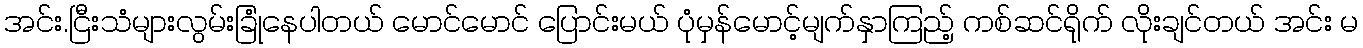
အင်း.ငြီးသံများလွမ်းခြုံနေပါတယ် မောင်မောင် ပြောင်းမယ် ပုံမှန်မောင့်မျက်နှာကြည့် ကစ်ဆင်ရိုက် လိုးချင်တယ် အင်း မ